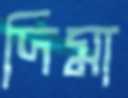
দিমা